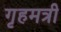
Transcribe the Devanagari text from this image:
गृहमत्री